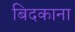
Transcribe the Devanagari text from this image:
बिदकाना